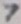
Text: 7